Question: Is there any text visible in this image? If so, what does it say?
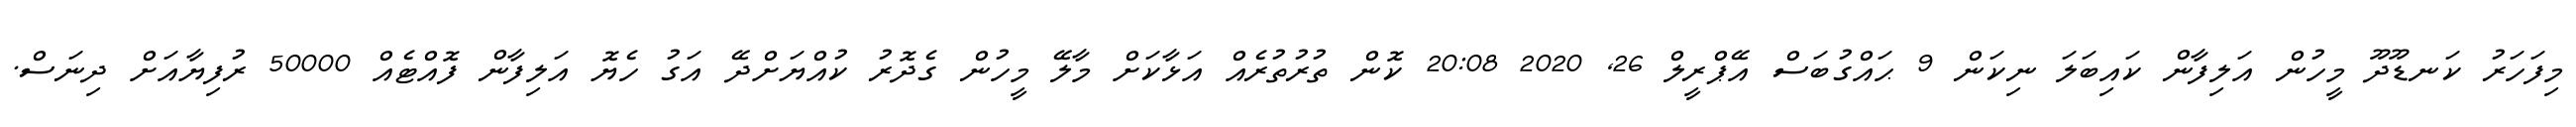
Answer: މިފަހަރު ކަނޑޫދޫ މީހުން އަލިފާން ކައިބަލަ ނިކަން 9 ޙައްގުބަސް އޭޕްރީލް 26, 2020 20:08 ކޮން ތުރުތުރެއް އަޅާކަށް މާލޭ މީހުން ގެދޮރު ކުއްޔަށްދޭ އަގު ހެޔޮ އަލިފާން ފޮއްޓެއް 50000 ރުފިޔާއަށް ދިނަސް.